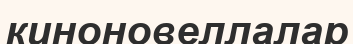
киноновеллалар